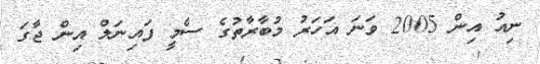
ނިއު އިން 2005 ވަނަ އަހަރު މުބާރާތުގެ ސެމީ ފައިނަލް އިން ޖާގަ